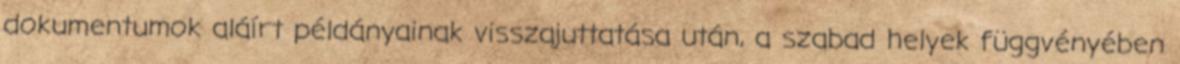
dokumentumok aláírt példányainak visszajuttatása után, a szabad helyek függvényében